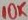
Text: 10K